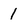
Character: 1